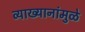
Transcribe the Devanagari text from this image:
व्याख्यानांमुळे